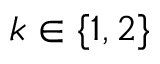
k \in \{ 1 , 2 \}